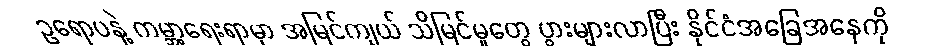
ဥရောပနဲ့ ကမ္ဘာ့ရေးရာမှာ အမြင်ကျယ် သိမြင်မှုတွေ ပွားများလာပြီး နိုင်ငံအခြေအနေကို